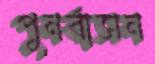
পুনর্বাসন